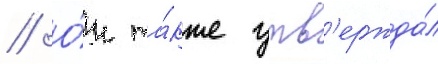
// О́н та́кже утв'ержда́л